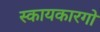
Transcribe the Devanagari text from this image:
स्कायकारगो